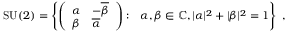
\operatorname { S U } ( 2 ) = \left\{ { \left( \begin{array} { l l } { \alpha } & { - { \overline { { \beta } } } } \\ { \beta } & { { \overline { { \alpha } } } } \end{array} \right) } : \ \ \alpha , \beta \in \mathbb { C } , | \alpha | ^ { 2 } + | \beta | ^ { 2 } = 1 \right\} ~ ,